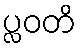
ပ္လဝတိ